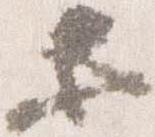
等